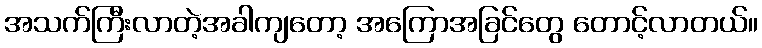
အသက်ကြီးလာတဲ့အခါကျတော့ အကြောအခြင်တွေ တောင့်လာတယ်။